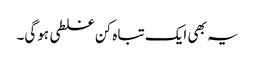
یہ بھی ایک تباہ کن غلطی ہوگی۔